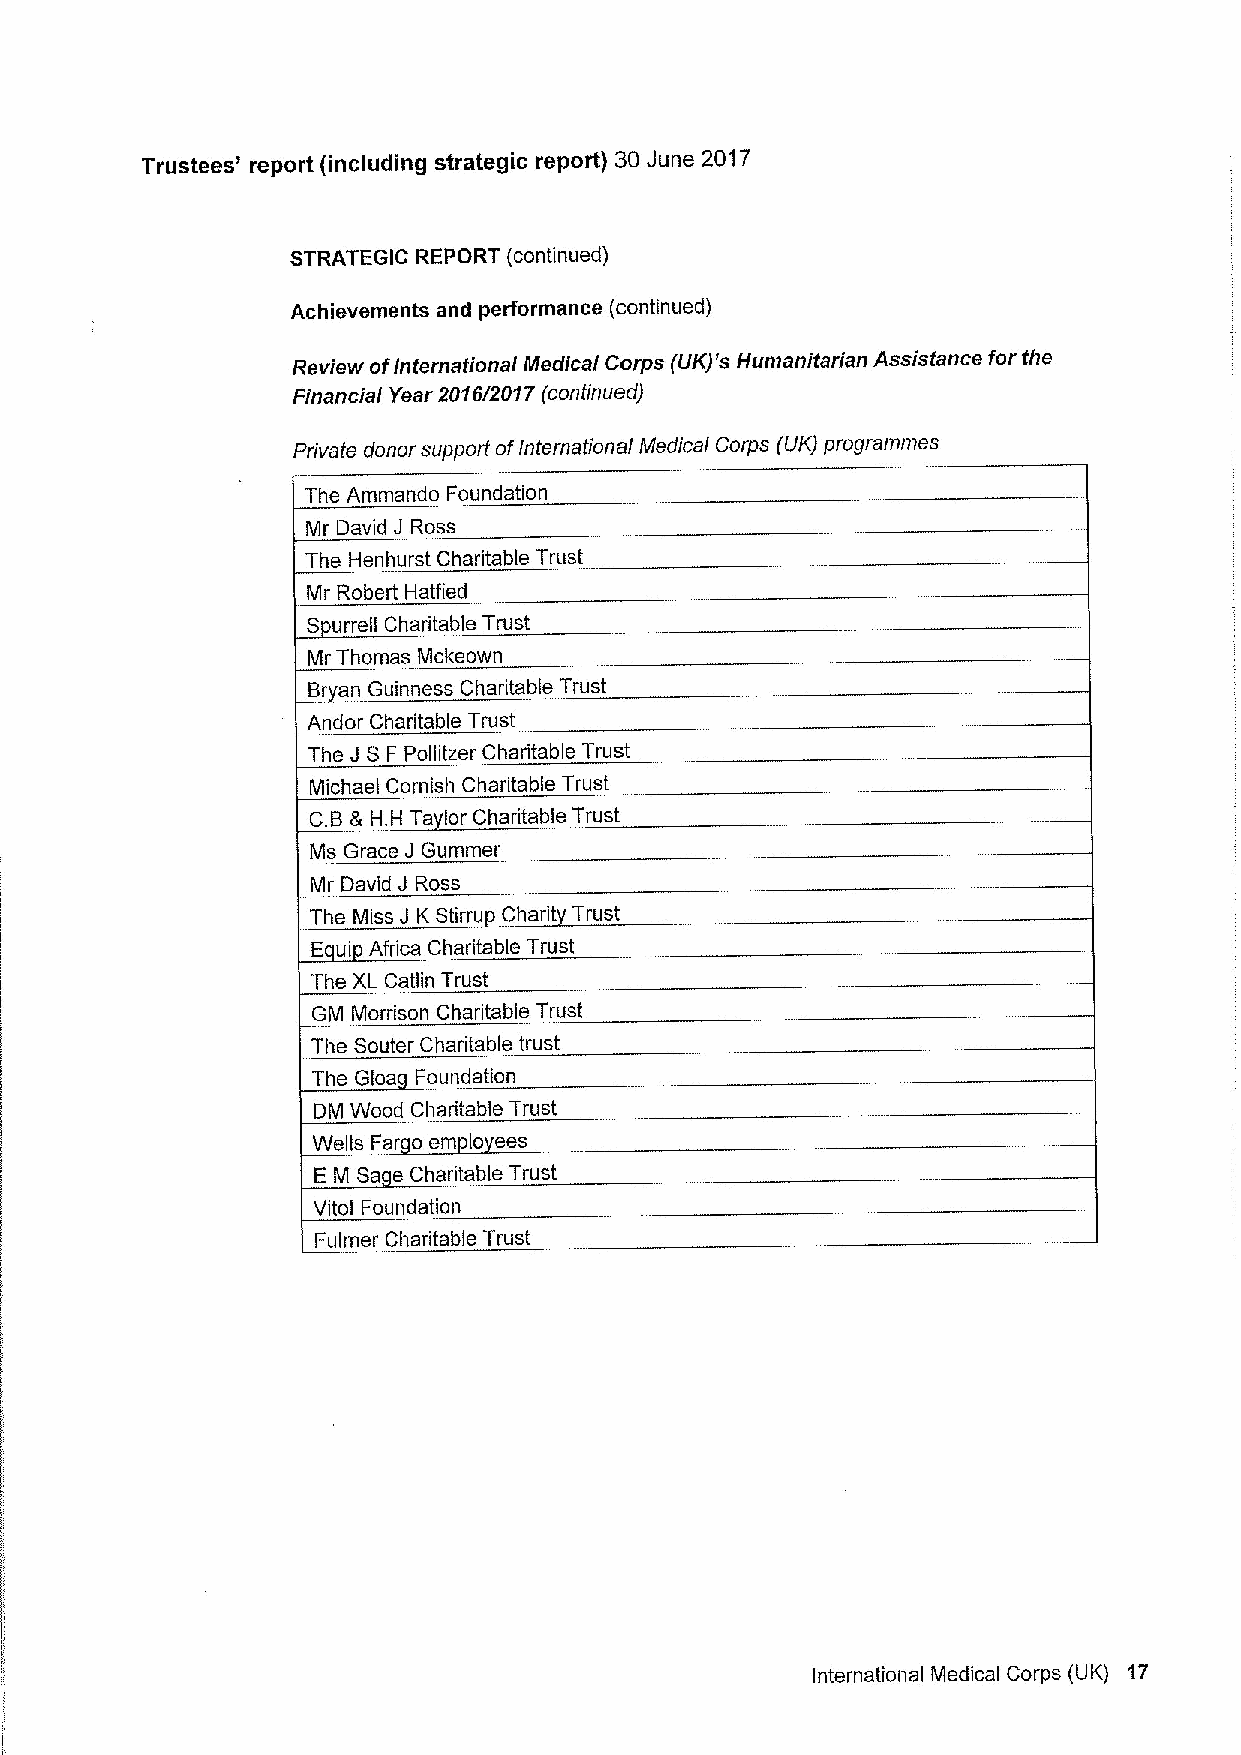
Trustees' report (including strategic report) 30June 2017
 STRATEG)C REPORT (continued)
 Achievements and performance (continued)
 Review ofInternational Nledical Corps (UK)'s Humanitarian Assistance for the
 Financial Year 2016/201 7 (continued)
 Private donor support ofInternational Medical Corps (UK) programmes
 The Ammando Foundation
 Mr David J Ross
 The Henhurst Charitable Trust
 Mr Robert Hatfied
 S urrell Charitable Trust
 Mr Thomas Mckeown
 Br an Guinness Charitable Trust
 Andor Charitable Trust
 The J S F Pollitzer Charitable Trust
 Michael Cornish Charitable Trust
 C.B& H.H Ta lor Charitable Trust
 Ms Grace J Gummer
 Mr David J Ross
 The Miss J K Stirru Charit Trust
 E ui Africa Charitable Trust
 The XL Catlin Trust
 GM Morrison Charitable Trust
 The Souter Charitable trust
 The Gloa Foundation
 DM Wood Charitable Trust
 Wells Far o em lo ees
 E M Sa e Charitable Trust
 Vitol Foundation
 Fulmer Charitable Trust
 international Medical Corps (UK) 17